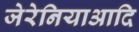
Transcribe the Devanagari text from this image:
जेरेनियाआदि